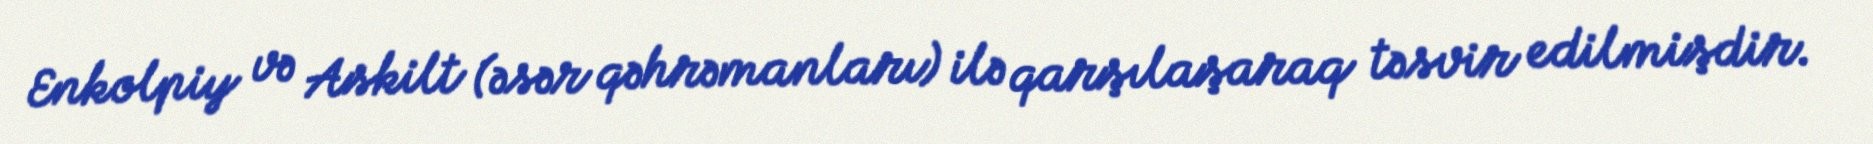
Enkolpiy və Askilt (əsər qəhrəmanları) ilə qarşılaşaraq təsvir edilmişdir.